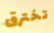
تخترق